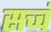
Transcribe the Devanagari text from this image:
सच्चं